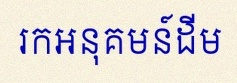
រកអនុគមន៍ដើម